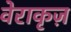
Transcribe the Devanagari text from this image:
वेराकृज़